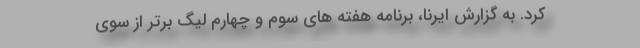
کرد. به گزارش ایرنا، برنامه هفته های سوم و چهارم لیگ برتر از سوی